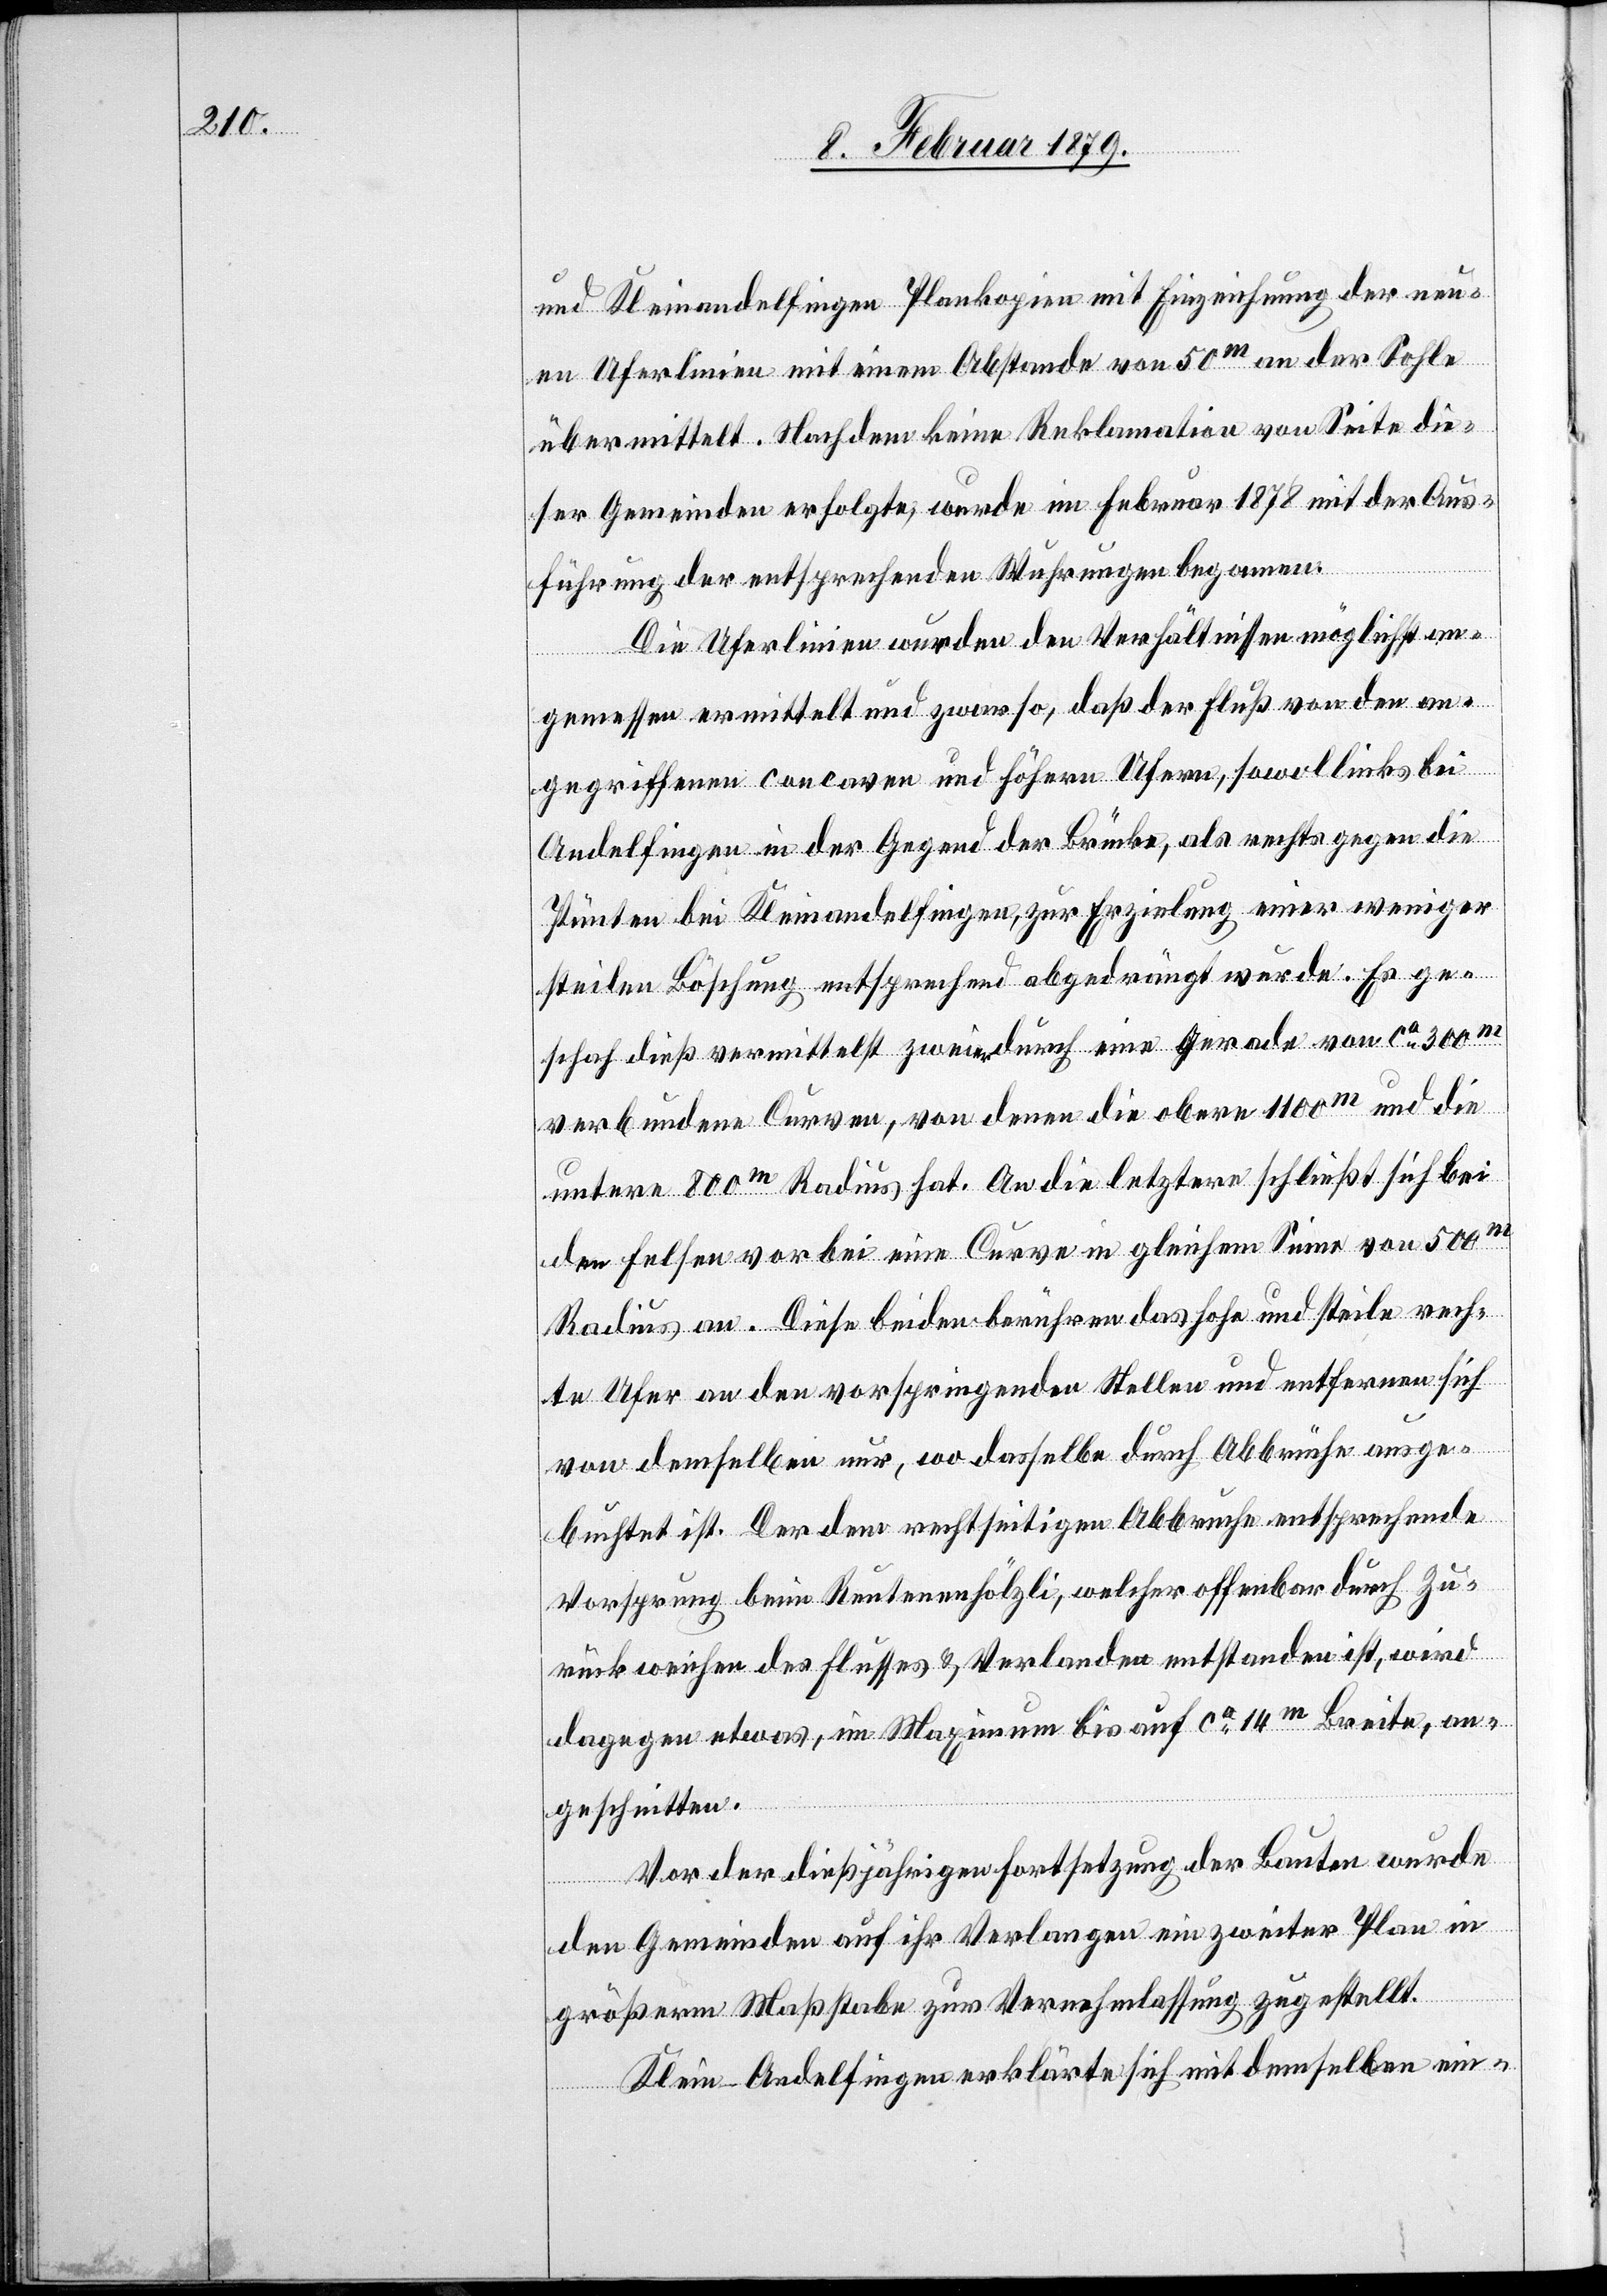
und Kleinandelfingen Plankopien mit Einzeichnung der neu¬
en Uferlinien mit einem Abstande von 50m an der Sohle
übermittelt. Nachdem keine Reklamation von Seite die¬
ser Gemeinden erfolgte, wurde im Februar 1878 mit der Aus¬
führung der entsprechenden Wuhrungen begonnen.
Die Uferlinien wurden den Verhältnissen möglichst an¬
gemessen ermittelt und zwar so, daß der Fluß von den an¬
gegriffenen concaven und höhern Ufern, sowol links bei
Andelfingen in der Gegend der Brücke, als rechts gegen die
Pünten bei Kleinandelfingen, zur Erzielung einer weniger
steilen Böschung entsprechend abgedrängt wurde. Es ge¬
schah dieß vermittelst zweier durch eine Gerade von ca 300m
verbundene Curven, von denen die obere 1100m und die
untere 800m Radius hat. An die letztere schließt sich bei
den Felsen vorbei eine Curve in gleichem Sinne von 500m
Radius an. Diese beiden berühren das hohe und steile rech¬
te Ufer an den vorspringenden Stellen und entfernen sich
von demselben nur, wo dasselbe durch Abbrüche ausge¬
buchtet ist. Der dem rechtseitigen Abbruche entsprechende
Vorsprung beim Reutenenhölzli, welcher offenbar durch Zu¬
rückweichen des Flusses & Verlanden entstanden ist, wird
dagegen etwas, im Maximum bis auf ca 14m Breite, an¬
geschnitten.
Vor der dießjährigen Fortsetzung der Bauten wurde
den Gemeinden auf ihr Verlangen ein zweiter Plan in
größerm Maßstabe zur Vernehmlassung zugestellt.
Klein-Andelfingen erklärte sich mit demselben ein-